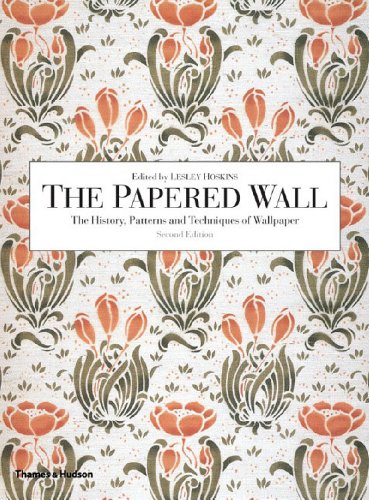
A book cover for The Papered Wall: The History, Patterns and Techniques of Wallpaper, Second Edition; Arts & Photography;